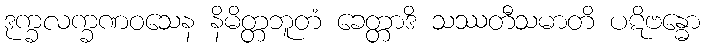
ဒုက္ခလက္ခဏဝသေန နိမိတ္တဘူတံ ခေတ္တာဒိ သဿတီသမာတိ ပဋိဗန္ဓော